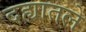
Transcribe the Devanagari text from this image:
दह्यातले